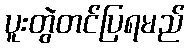
ပူးတွဲတင်ပြရမည်